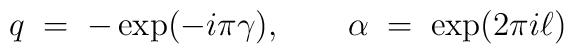
q      \; = \; - \exp (-i\pi\gamma ),\qquad \alpha \; = \;   \exp (2\pi i\ell )